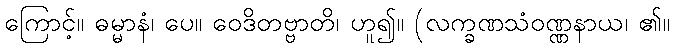
ကြောင့်။ ဓမ္မာနံ၊ ပေ။ ဝေဒိတဗ္ဗာတိ၊ ဟူ၍။ (လက္ခဏသံဝဏ္ဏနာယ၊ ၏။